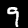
Label: 9